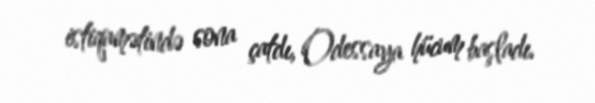
istiqamətində sona çatdı, Odessaya hücum başladı.